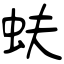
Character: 蚨